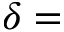
\delta =